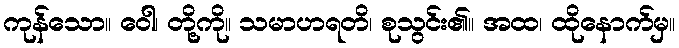
ကုန်သော။ ဝေါ၊ တို့ကို။ သမာဟရတိ၊ စုသွင်း၏။ အထ၊ ထိုနောက်မှ။